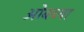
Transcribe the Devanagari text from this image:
ओबच्या